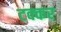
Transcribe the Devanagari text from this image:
टक्कर